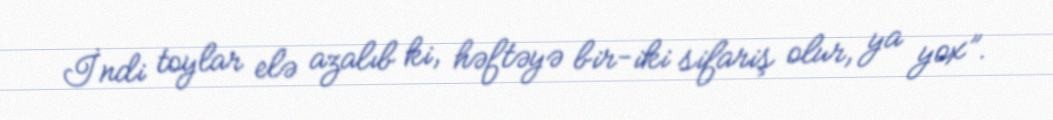
İndi toylar elə azalıb ki, həftəyə bir-iki sifariş olur, ya yox”.